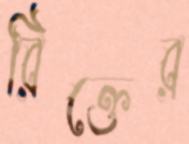
রিক্তের